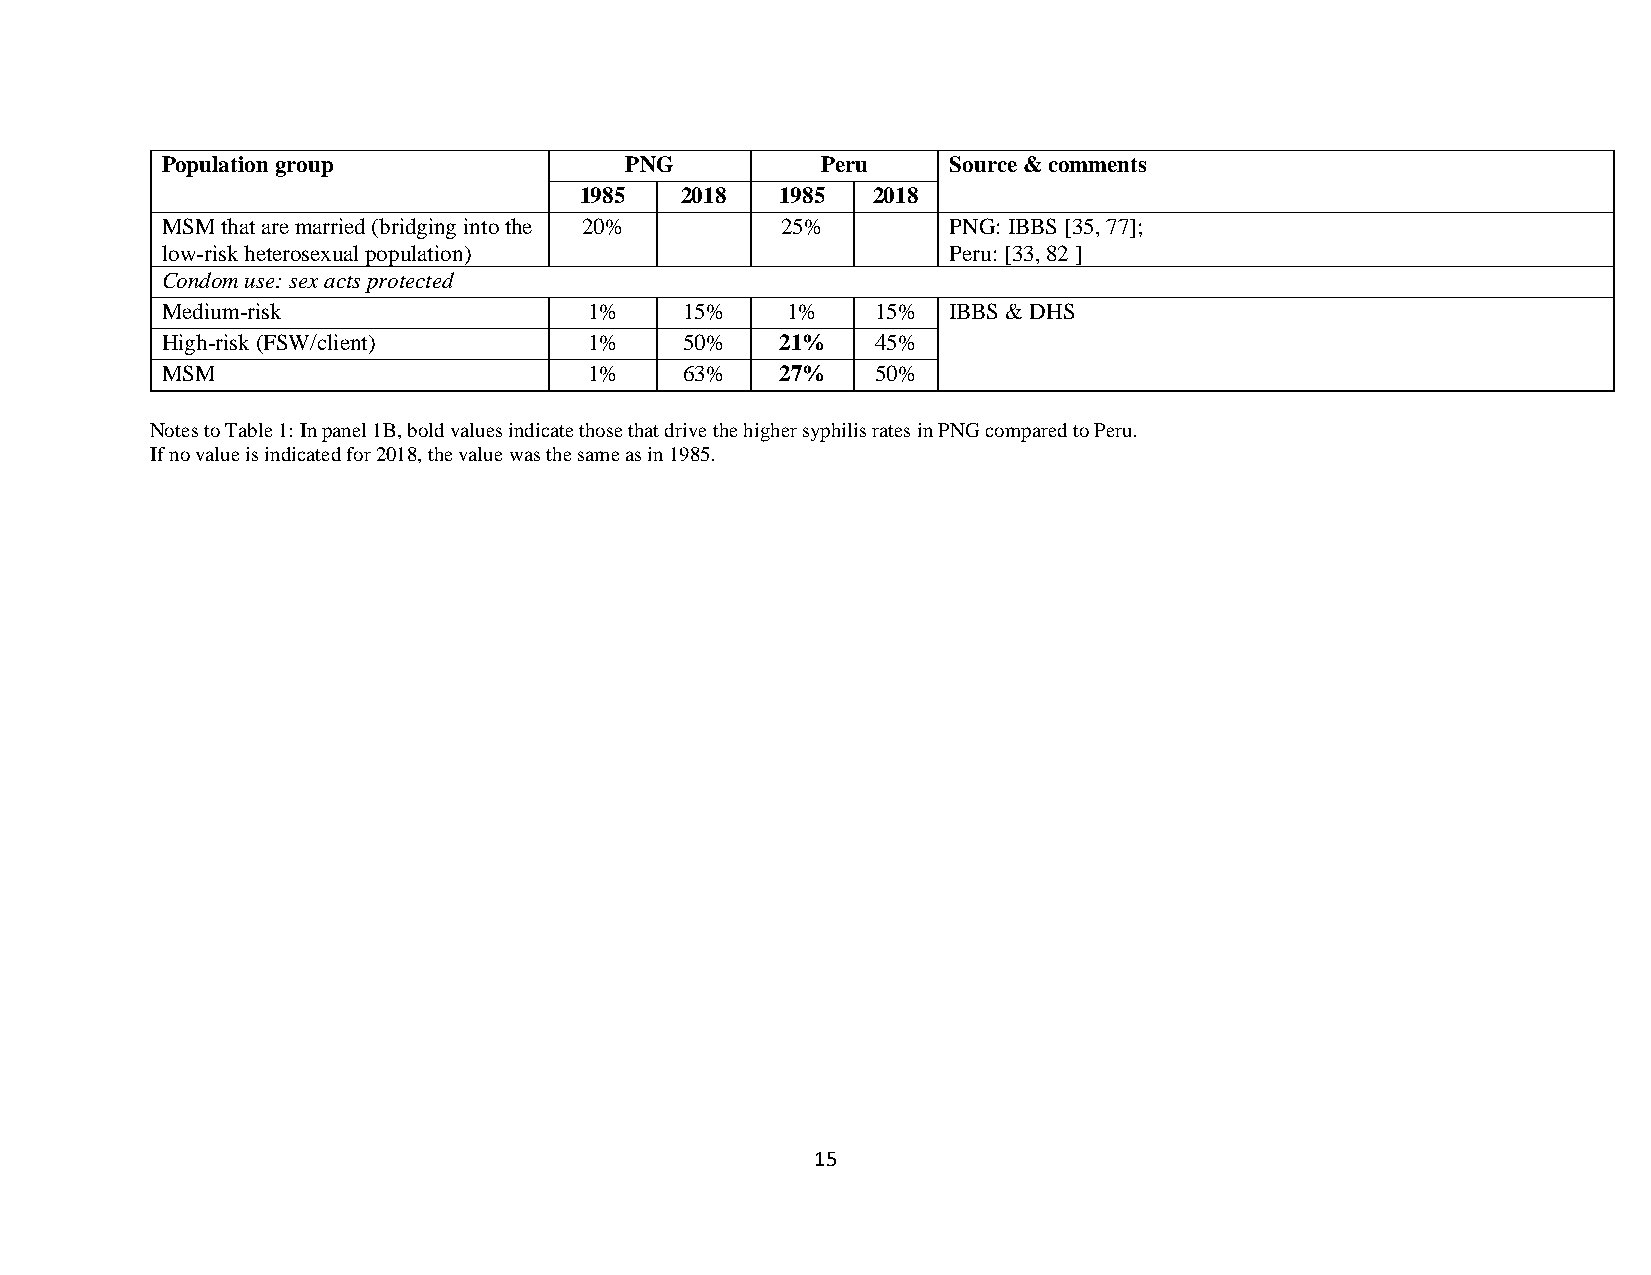
Population group              PNG          Peru     Source & comments
 1985   2018   1985  2018
 MSM that are married (bridging into the 20% 25%     PNG: IBBS [35, 77];
 low-risk heterosexual population)                   Peru: [33, 82 ]
 Condom use: sex acts protected
 Medium-risk                 1%    15%    1%    15%  IBBS & DHS
 High-risk (FSW/client)      1%    50%    21%   45%
 MSM                         1%    63%    27%   50%
 Notes to Table 1: In panel 1B, bold values indicate those that drive the higher syphilis rates in PNG compared to Peru.
 If no value is indicated for 2018, the value was the same as in 1985.
 15